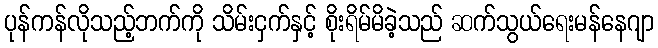
ပုန်ကန်လိုသည့်ဘက်ကို သိမ်းငှက်နှင့် စိုးရိမ်မိခဲ့သည် ဆက်သွယ်ရေးမန်နေဂျာ